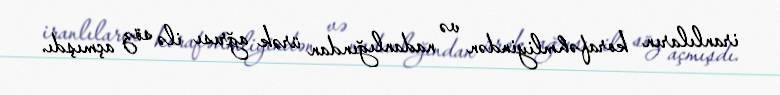
iranlıların korafəhmliyindən və nadanlığından ürək ağrısı ilə söz açmışdı.